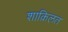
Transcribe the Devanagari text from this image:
शाक़िलत